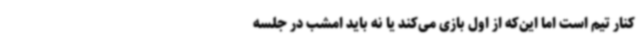
کنار تیم است اما این‌که از اول بازی می‌کند یا نه باید امشب در جلسه